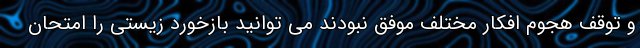
و توقف هجوم افکار مختلف موفق نبودند می توانید بازخورد زیستی را امتحان